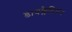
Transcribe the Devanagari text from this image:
डायक्लेटियन